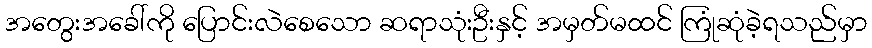
အတွေးအခေါ်ကို ပြောင်းလဲစေသော ဆရာသုံးဦးနှင့် အမှတ်မထင် ကြုံဆုံခဲ့ရသည်မှာ